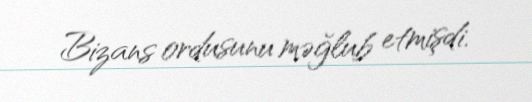
Bizans ordusunu məğlub etmişdi.